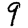
Digit: 9